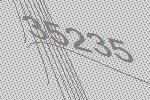
35235